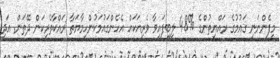
މިފެންނަނީ ގައުމުގެ ރައްޔިތުންގެ %48 ލިބިފައިވާ ވެރިއަކައް އެހެންގައުމަކުންހިމާޔަތާ ރައްކާތެރިކަން ދޭތަން